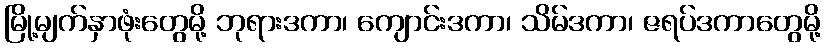
မြို့မျက်နှာဖုံးတွေမို့ ဘုရားဒကာ၊ ကျောင်းဒကာ၊ သိမ်ဒကာ၊ ဇရပ်ဒကာတွေမို့